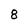
Character: 8